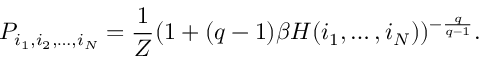
P _ { i _ { 1 } , i _ { 2 } , \ldots , i _ { N } } = \frac { 1 } { Z } ( 1 + ( q - 1 ) \beta H ( i _ { 1 } , \ldots , i _ { N } ) ) ^ { - \frac { q } { q - 1 } } .